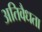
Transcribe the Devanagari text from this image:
अतिवैधता